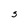
Character: s